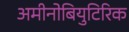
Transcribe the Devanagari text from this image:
अमीनोबियुटिरिक